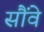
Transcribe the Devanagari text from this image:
सौंवे